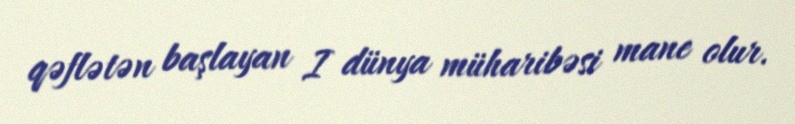
qəflətən başlayan I dünya müharibəsi mane olur.